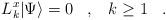
LaTeX: \begin{align*}L^x_k|\Psi\rangle = 0\;\;\;,\;\;\; k\geq1\;\;\;.\end{align*}